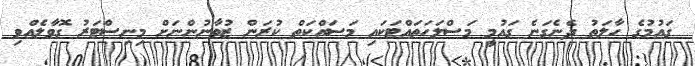
ގައުމުގެ ހާލަތު ދެނެގަނެ ގައުމީ މަސްލަހަތައްޓަކައި މަސައްކަތް ކުރަން ޒުވާނުންނަށް މިނިސްޓަރު ގޮވާލެއްވި